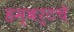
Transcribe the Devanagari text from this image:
हम्बर्टचे